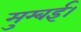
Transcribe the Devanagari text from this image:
मुम्बई।